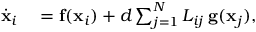
\begin{array} { r l } { \dot { \mathbf { x } } _ { i } } & { { } = \mathbf { f } ( \mathbf { x } _ { i } ) + d \sum _ { j = 1 } ^ { N } { \cal L } _ { i j } \: \mathbf { g } ( \mathbf { x } _ { j } ) , } \end{array}